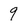
Character: 9